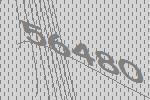
56480